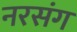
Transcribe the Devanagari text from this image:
नरसंग